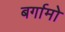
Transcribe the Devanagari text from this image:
बर्गामो